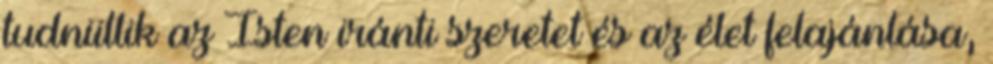
tudniillik az Isten iránti szeretet és az élet felajánlása,